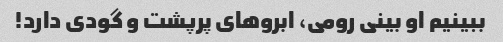
ببینیم او بینی رومی، ابروهای پرپشت و گودی دارد!